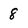
Character: 8